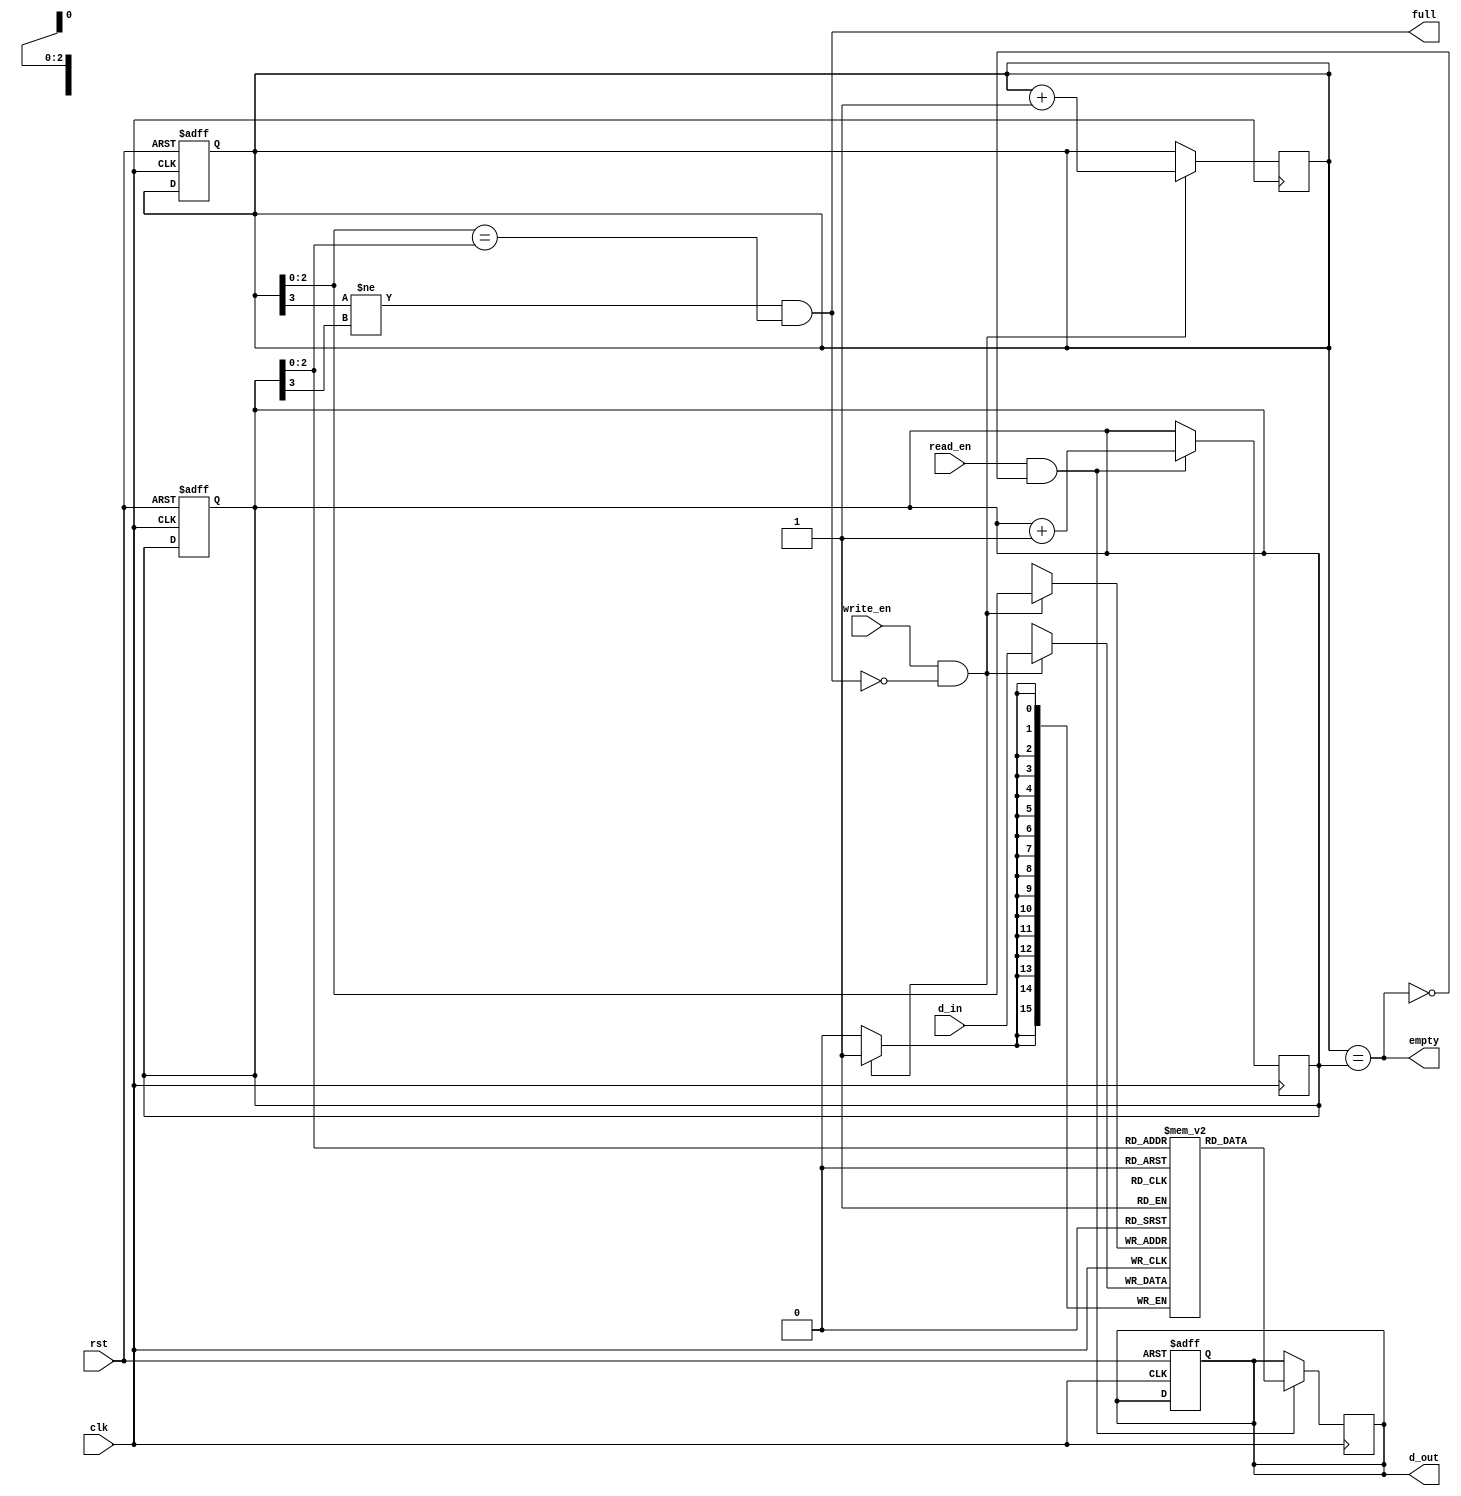
module fifo #(parameter Depth=8,Width=16)(input rst,clk,write_en,read_en,input [Width-1:0]d_in,output reg[Width-1:0]d_out,output empty,full);
  parameter ptr_width=$clog2(Depth);
  reg [ptr_width:0]rptr;
  reg [ptr_width:0]wptr;
  reg [Width-1:0]storage[Depth-1:0];
  always@(posedge clk or posedge rst) begin

    // rst conditions
    if(rst) begin
      wptr=0;
      rptr=0;
      d_out=0;
    end
  end

  //write condition
  always@(posedge clk) begin
    if(write_en==1 && full==0) begin
      storage[wptr]=d_in;
      wptr=wptr+1;
    end
  end

  //read condition
  always @(posedge clk) begin
    if(read_en ==1 && empty==0) begin
      d_out=storage[rptr];
      rptr=rptr+1;
    end
  end

  //empty condition
  assign empty=(wptr==rptr);
  
  //full condition
  assign full=((wptr[ptr_width]!=rptr[ptr_width]) && (wptr[ptr_width-1:0]==rptr[ptr_width-1:0]));
endmodule